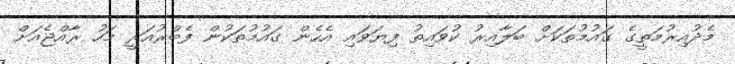
މެދުއިރުމަތީގެ ގައުމުތަކަށް ބަލާއިރު ކުވައިތު ފިޔަވައި އެހެން ގައުމުތަކުން ފެބްރުއަރީ މަހު ރާއްޖެއަށް